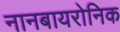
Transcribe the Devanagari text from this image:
नानबायरोनिक